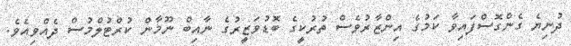
ދުނިޔެ ގެންގޮސްފައިވާ ކަމުގެ އިންޒާރުވެސް ތުރުކީގެ ބޮޑުވަޒީރުގެ ނާއިބް ނޫމާން ކުރްޓުލްމުސް ދެއްވިއެވެ.